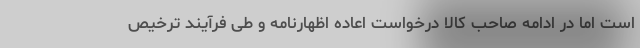
است اما در ادامه صاحب کالا درخواست اعاده اظهارنامه و طی فرآیند ترخیص